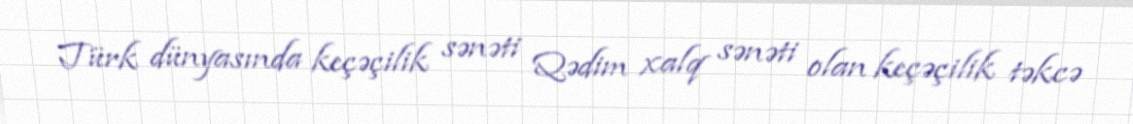
Türk dünyasında keçəçilik sənəti Qədim xalq sənəti olan keçəçilik təkcə